Report on enteric fever
Disease focus: Fever
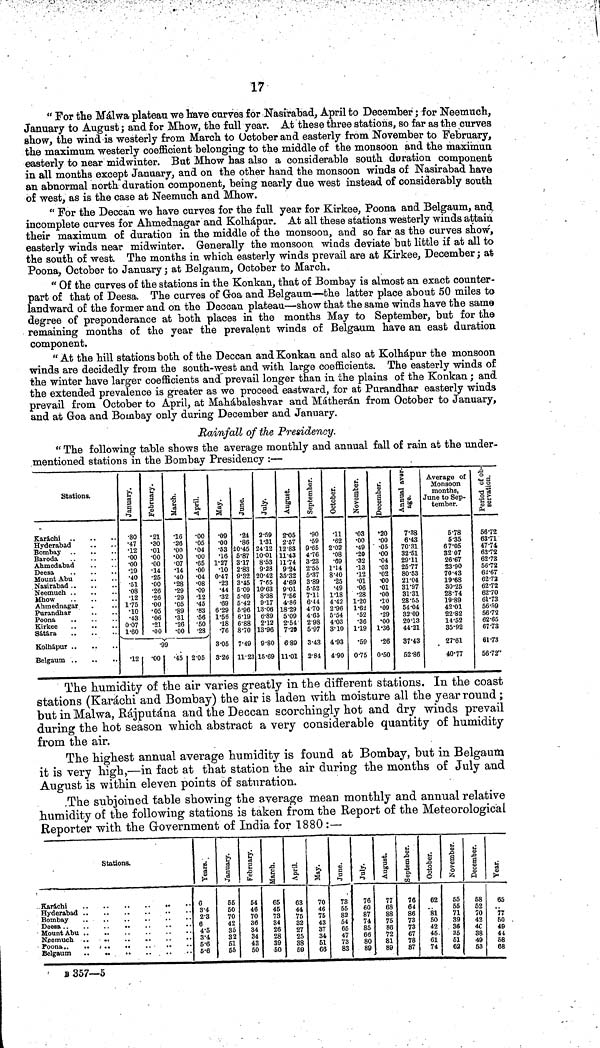
17
" For the Málwa plateau we have curves for Nasirabad, April to December ; for Neemuch,
January to August ; and for Mhow, the full year. At these three stations, so far as the curves
show, the wind is westerly from March to October and easterly from November to February,
the maximum westerly coefficient belonging to the middle of the monsoon and the maxiinun
easterly to near midwinter. But Mhow has also a considerable south duration component
in all months except January, and on the other hand the monsoon winds of Nasirabad have
an abnormal north duration component, being nearly due west instead of considerably south
of west, as is the case at Neemuch and Mhow.
" For the Deccan we have curves for the full year for Kirkee, Poona and Belgaum, and
incomplete curves for Ahmednagar and Kolhápur. At all these stations westerly winds attain
their maximum of duration in the middle of the monsoon, and so far as the curves show,
easterly winds near midwinter. Generally the monsoon winds deviate but little if at all to
the south of west. The months in which easterly winds prevail are at Kirkee, December ; at
Poona, October to January ; at Belgaum, October to March.
" Of the curves of the stations in the Konkan, that of Bombay is almost an exact counter-
part of that of Deesa. The curves of Goa and Belgaum-—the latter place about 50 miles to
landward of the former and on the Deecan plateau—show that the same winds have the same
degree of preponderance at both places in the months May to September, but for the
remaining months of the year the prevalent winds of Belgaum have an east duration
component.
" At the hill stations both of the Deccan and Konkan and also at Kolhápur the monsoon
winds are decidedly from the south-west and with large coefficients. The easterly winds of
the winter have larger coefficients and prevail longer than in the plains of the Konkan ; and
the extended prevalence is greater as we proceed eastward, for at Purandhar easterly winds
prevail from October to April, at Mahábaleshvar and Mátherán from October to January,
and at Goa and Bombay only during December and January,
Rainfall of the Presidency.
" The following table shows the average monthly and annual fall of rain at the under-
mentioned stations in the Bombay Presidency :—
Stations.
eKarachi
Hyderabad
Bombay
Baroda
Ahmedabad
Deesa
Mount Abu
Nasirabad . .
Neemuch . .
Mhow
Ahmednagar
Purandhar
Poona
Kirkee
Sátára
Kolhápur
Belgaum
•80
•47
•12
•00
•00
•19
•40
•51
•08
•12
1-75
•10
•43
0-07
1-60
"- 'i i —
•12
•2l
•30
•01
•00
•00
•14
•25
•00
•26
•26
•00
•05
•06
•21
•00
_ — — (
•9
'1
•16
•26
•00
•00
•07
•14
•40
•28
•29
•29
•05
•89
•31
•26
•00
— — • • i
9
•45
•00
•05
•04
•00
•65
•00
•04
•08
•09
•12
•45
•83
•56
•50
•28
.-2
-05
•09
•00
•53
•16
1-27
•10
0-47
•23
•44
•32
•69
6-29
1-56
•18
•76
3-05
3-26
•24
•86
20-45
5-87
3-17
2-83
9-32
3-45
5-09
5-69
5-42
5-96
6-19
6'88
8-70
7'49
11-23
2-59
1-31
24-12
10-01
8-53
9-28
20-42
7-65
10-63
8-38
9-17
13-06
6-89
2-12
13-96
9-80
15-69
2-05
2-57
12-83
11-43
11-74
9-24
35-32
4'69
9-01
7-56
4'86
18-29
5-09
2-54
7-29
689
11-01
•90
•59
9-65
4'76
3-23
2'55
5-37
3-89
5-52
7-11
6-44
4-70
4-65
2-98
5-97
3'43
2-84
•11
•62
2-02
•08
•69
1-14
8-40
•25
•49
1-18
4-42
2-96
5-54
4-03
3-10
4-93
4-90
•03
•00
•49
•20
•32
•13
•12
•01
•06
•28
1-20
1-62
•52
•36
1-19
•59
0-75
•20
•00
" -05
•00
•04
•03
•02
•00
•01
•00
•10
•09
•29
•00
1-36
•26
0-50
7-38
6-43
70-31
32-51
29-11
25-77
80-53
21-04
31-97
31-31
28-55
54-04
32-09
20-13
44-21
37-43
52-86
Average of
Monsoon
months,
June to Sep-
tember.
5-78
5-35
67-05
3207
26-67
23-90
70-43
19-68
30-25
28-74
19-89
42-01
22-82
14-52
35-92
27-61
40-77
Period of ob-servation.
56.72
63.71
47.74,
62.72
62.3
56.72
62.67
62-72
62.72
62.70
61.73
56.59
56.72
62.65
67.73
61.73
56.72
The humidity of the air varies greatly in the different stations. In the coast
stations (Karachi and Bombay) tbe air is laden with moisture all tbe year round ;
but in Malwa, Rájputána and the Deccan scorchingly hot and dry winds prevail
during the hot season which, abstract a very considerable quantity of humidity
from the air.
The highest annual average humidity is found at Bombay, but in Belgaum
it is very high,—in fact at that station the air during the months of July and
August is within eleven points of saturation.
The subjoined table showing the average mean monthly and annual relative
humidity of tbe following stations is taken from tbe Report of the Meteorological
Reporter with the Government of India for 1880 :—
Stations.
Karachi
Mount Abu ..
..
Keemuch . .
..
Poona..
, ..
..
Belgaum
..
..
..
' B 357—5
0
3-4
2-3
6
4-5
3-4
5-6
5-6
55
50
70
42
35
32
51
55
54
46
70
86
34
34
43
50
65
45
73
34
26
28
39
50
63
44
75
32
27
25
38
59
70
46
75
43
37
34
51
66
73
55
82
54
65
47
73
83
76
60
87
74
85
66
80
89
77
68
88
75
86
72
81
89
76
64
86
73
73
67
78
87
62
81
50
42
45.
61
74
55
55
71
39
36
35
51
62
68
52
70
42
4C
38
49
53
65
77
50 .
49
44
5B
68